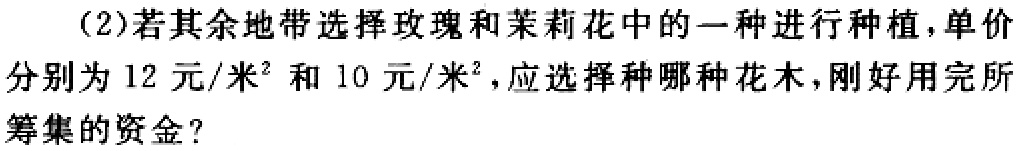
（2）若其余地带选择玫瑰和茉莉花中的一种进行种植，单价分别为 12 元/米² 和 10 元/米²，应选择种哪种花木，刚好用完所筹集的资金？